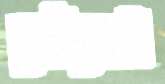
নেত্রীদেরই